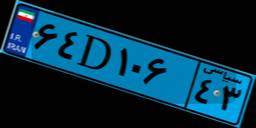
۹۰D۱۶۳۴۴